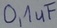
Text: 0,1uF